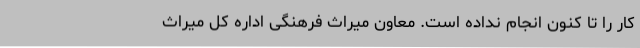
کار را تا کنون انجام نداده است. معاون میراث فرهنگی اداره کل میراث